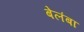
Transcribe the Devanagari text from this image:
बेलंबा